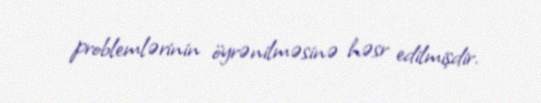
problemlərinin öyrənilməsinə həsr edilmişdir.